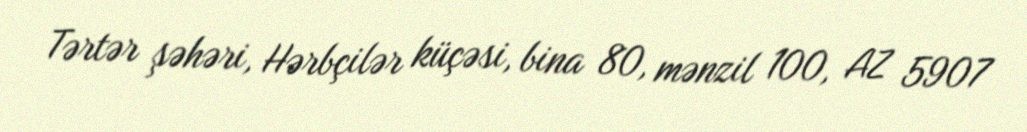
Tərtər şəhəri, Hərbçilər küçəsi, bina 80, mənzil 100, AZ 5907